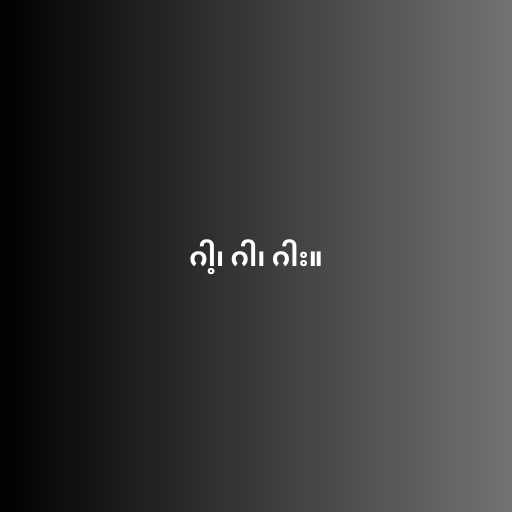
ဂါ့၊ ဂါ၊ ဂါး။